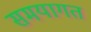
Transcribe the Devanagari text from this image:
समयागत